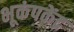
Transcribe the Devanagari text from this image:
भूकंपकेंद्र